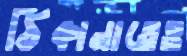
ঠিকানাতেও